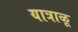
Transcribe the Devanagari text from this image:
यात्राळू